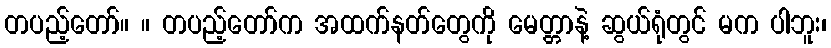
တပည့်တော်။ ။ တပည့်တော်က အထက်နတ်တွေကို မေတ္တာနဲ့ ဆွယ်ရုံတွင် မက ပါဘူး၊